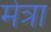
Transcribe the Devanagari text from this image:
मेत्रा